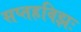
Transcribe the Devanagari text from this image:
सप्तहविझः